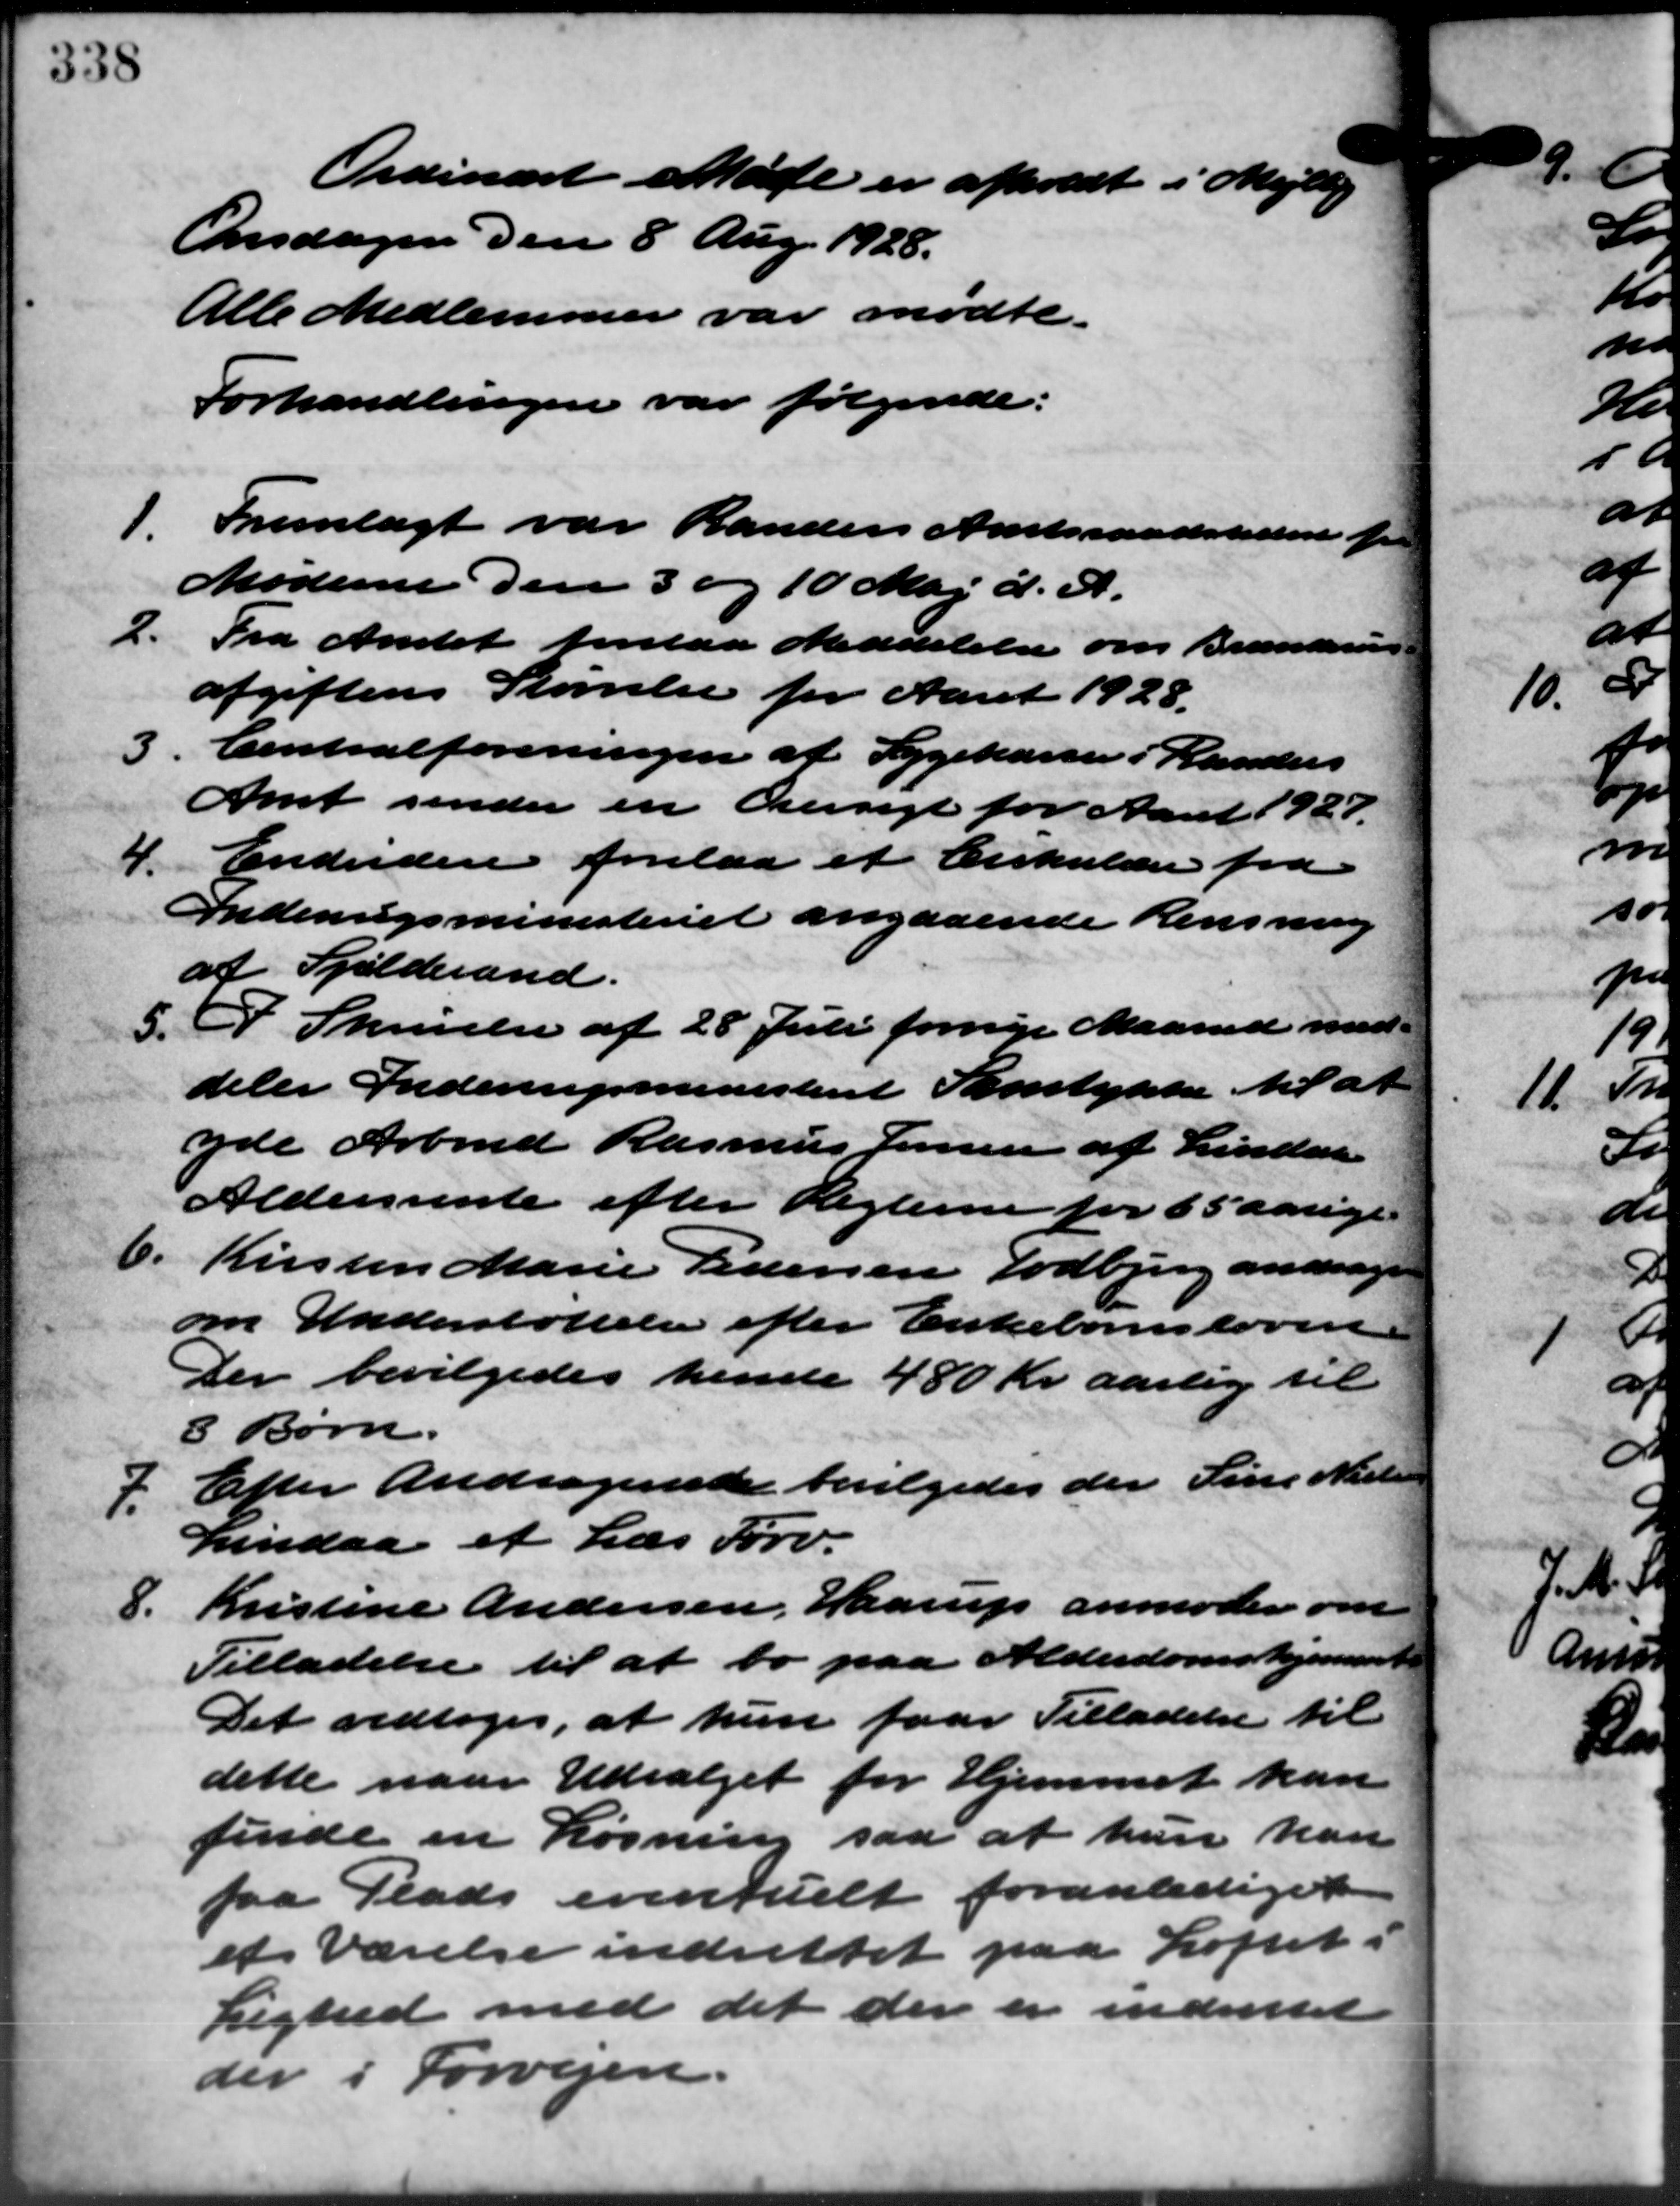
Transskription:
Ordinært Møde er afholdt i Mejlby
Onsdagen den 8 Aug. 1928.
Alle Medlemmer var mødte.
Forhandlingen var følgende:
1.
Fremlagt var Randers Amtsraadstiden
Møderne den 3 og 10 Maj d. A.
2.
Fra Amtet forelaa Meddelelse om Brændsen
afgiftens Størrelse for Aaret 1928.
3 "
Centralforeningen af Sygekassen i Randers
Amt sender en Oversigt for Aaret 1927.
4. Endvidere forelaa et Cirkulære fra
4. Endvidere forelaa et Cirkulære fra
Indenrigsministeriet angaaende Rensning
af Spilderand.
5.
I Skrivelse af 28 Juli fornye Maaned med
deler Indenrigsministeriet Samtykke til at
yde Arbmd. Rasmus Jensen af Lindaa
Aldersrente efter Reglerne for 65 aarige
6.
Kirsten Marie Pedersen Todbjerg andrager
om Understøttelse efter Enkebørnsloven
Der bevilgedes hende 480 Kr. aarlig til
8 Børn.
7. Efter Andragende bevilgedes der Sine Niels
7. Efter Andragende bevilgedes der Sine Niels
Lindaa et Læs Tørv.
8.
Kristine Andersen, Haarup anmoder om
Tilladelse til at bo paa Alderdomshjemmet
Det vedtoges, at hun faar Tilladelse til
dette naar Udvalget for Hjemmet kan
finde en Løsning saa at hun kan
faa Plads eventuelt foranlediget
et værelse indrettet paa Loftet i
Lighed med det der er indvitet
der i Forvejen.